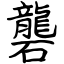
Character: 礱